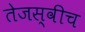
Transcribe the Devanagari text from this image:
तेजस्वीच